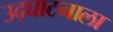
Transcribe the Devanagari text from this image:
उद्घाटनाला